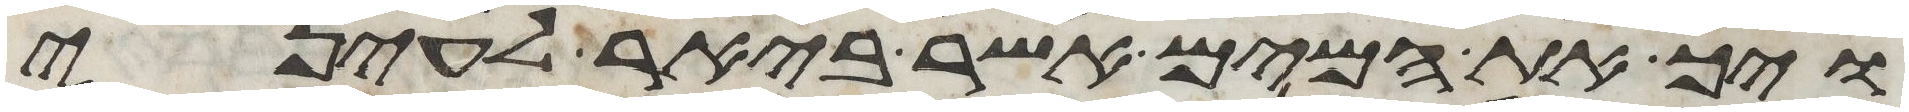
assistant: ויך את המים אשר ביאר לעיני